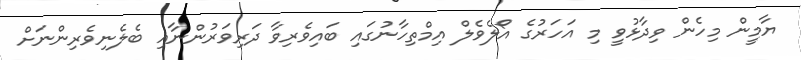
ޔާމީން މިހެން ވިދާޅުވީ މި އަހަރުގެ އޯލެވެލް އިމްތިހާނުގައި ބައިވެރިވާ ދަރިވަރުންނާއި ބެލެނިވެރިންނަށް